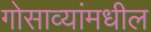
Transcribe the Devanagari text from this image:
गोसाव्यांमधील